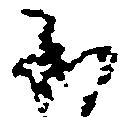
承